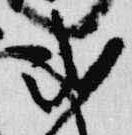
式